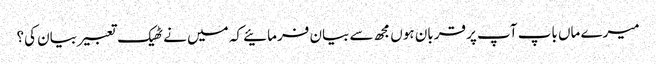
میرے ماں باپ آپ پر قربان ہوں مجھ سے بیان فرمائیے کہ میں نے ٹھیک تعبیر بیان کی؟